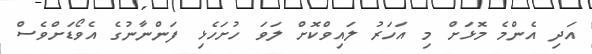
އަދި އެންމެ މޮޅަށް މި އަހަރު ލައިވްކޮށް ލަވަ ހުށަހެޅި ފަންނާނުގެ އެވޯޑަށްވެސް